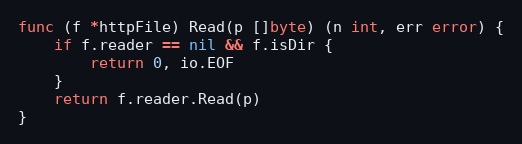
Language: Go
func (f *httpFile) Read(p []byte) (n int, err error) {
	if f.reader == nil && f.isDir {
		return 0, io.EOF
	}
	return f.reader.Read(p)
}